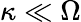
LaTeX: \kappa\ll\Omega